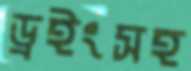
ড্রইংসহ